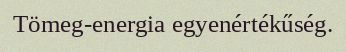
Tömeg-energia egyenértékűség.